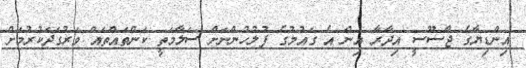
އިންޑިޔާގެ ޖާސޫސީ އިދާރާ އިން އެ ގައުމުގެ ފުލުހުންނަށް ސަލާމަތީ ކަންތައްތައް ވަރުގަދަކުރުމަށް